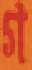
গ